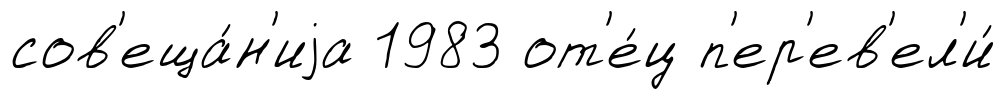
сов'еща́н'иjа 1983 от'е́ц п'ер'ев'ел'и́